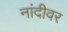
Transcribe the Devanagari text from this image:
नांदीवर